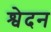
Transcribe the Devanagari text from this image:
श्वेदन